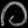
Digit: ၀